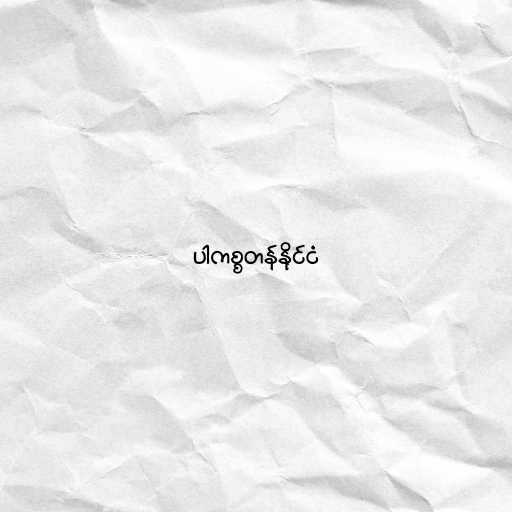
ပါကစ္စတန်နိုင်ငံ